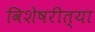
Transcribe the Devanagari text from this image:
विशेषरीत्या